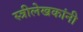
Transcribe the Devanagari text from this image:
स्त्रीलेखकांनी